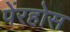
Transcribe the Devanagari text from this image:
पेंरहोस